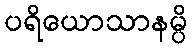
ပရိယောသာနမ္ပိ